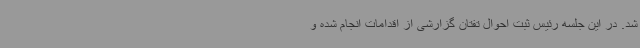
شد. در این جلسه رئیس ثبت احوال تفتان گزارشی از اقدامات انجام شده و